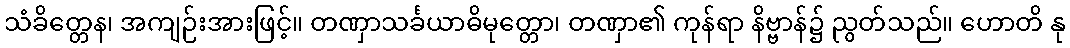
သံခိတ္တေန၊ အကျဉ်းအားဖြင့်။ တဏှာသင်္ခယာဓိမုတ္တော၊ တဏှာ၏ ကုန်ရာ နိဗ္ဗာန်၌ ညွတ်သည်။ ဟောတိ နု